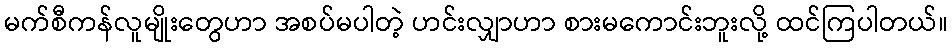
မက်စီကန်လူမျိုးတွေဟာ အစပ်မပါတဲ့ ဟင်းလျှာဟာ စားမကောင်းဘူးလို့ ထင်ကြပါတယ်။